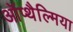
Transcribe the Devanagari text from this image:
ऑप्‍थैल्मिया